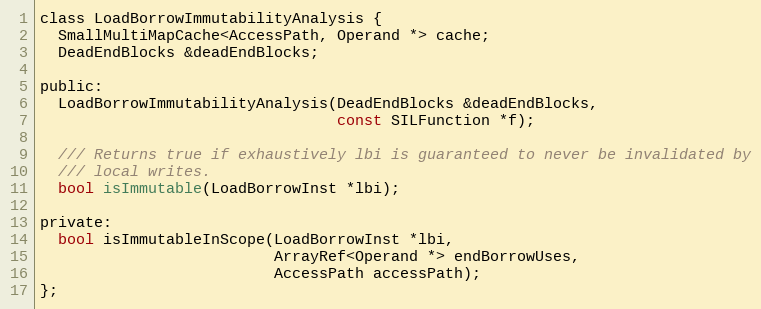
Language: C
class LoadBorrowImmutabilityAnalysis {
  SmallMultiMapCache<AccessPath, Operand *> cache;
  DeadEndBlocks &deadEndBlocks;

public:
  LoadBorrowImmutabilityAnalysis(DeadEndBlocks &deadEndBlocks,
                                 const SILFunction *f);

  /// Returns true if exhaustively lbi is guaranteed to never be invalidated by
  /// local writes.
  bool isImmutable(LoadBorrowInst *lbi);

private:
  bool isImmutableInScope(LoadBorrowInst *lbi,
                          ArrayRef<Operand *> endBorrowUses,
                          AccessPath accessPath);
};